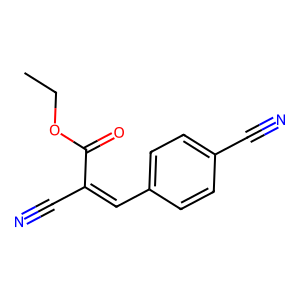
SMILES: CCOC(=O)C(C#N)=Cc1ccc(C#N)cc1
Inhibits HIV replication: No